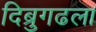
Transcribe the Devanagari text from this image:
दिब्रुगढला